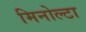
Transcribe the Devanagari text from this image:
मिनोल्टा